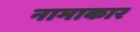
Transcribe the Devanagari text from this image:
नामाकार